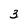
Character: 3